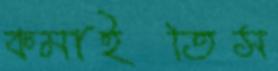
কমাইতিস